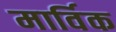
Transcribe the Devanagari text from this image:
मार्विक